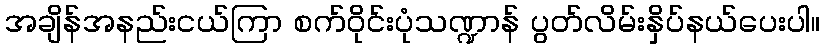
အချိန်အနည်းငယ်ကြာ စက်ဝိုင်းပုံသဏ္ဍာန် ပွတ်လိမ်းနှိပ်နယ်ပေးပါ။